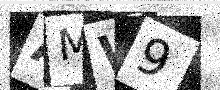
Text: AMW9